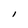
Character: I